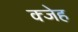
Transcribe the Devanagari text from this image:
क्जेह